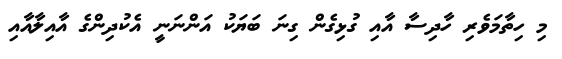
މި ހިތާމަވެރި ހާދިސާ އާއި ގުޅިގެން ގިނަ ބަޔަކު އަންނަނީ އެކުދިންގެ އާއިލާއާއި